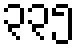
၃၃၅